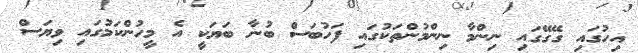
އިހުގައި ގޭގޭގައި ނިންމާ ނިންމުންތަކުގައި ފަހުބަސް ބުނާ ބަޔަކީ އެ މީހުންކަމުގައި ވިޔަސް